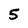
Character: 5